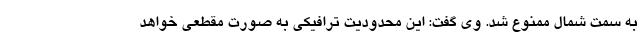
به سمت شمال ممنوع شد. وی گفت: این محدودیت ترافیکی به صورت مقطعی خواهد